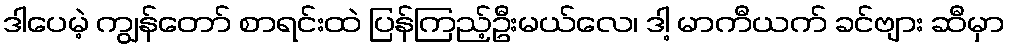
ဒါပေမဲ့ ကျွန်တော် စာရင်းထဲ ပြန်ကြည့်ဦးမယ်လေ၊ ဒါ့ မာကီယက် ခင်ဗျား ဆီမှာ